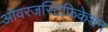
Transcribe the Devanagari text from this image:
ओवरजस्टिफिकेशन